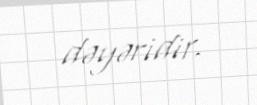
dəyəridir.